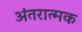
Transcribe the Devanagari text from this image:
अंतरात्मक